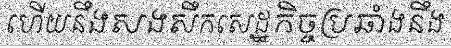
ហើយនឹងសងសឹកសេដ្ឋកិច្ចប្រឆាំងនឹង